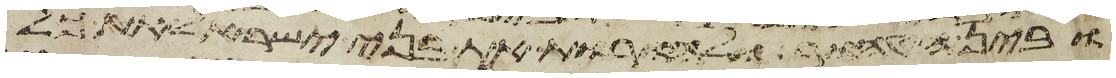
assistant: ובין הטהור ולהורות את בני ישראל את כל